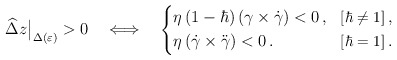
\begin{align*}\widehat\Delta z\big|_{\Delta(\varepsilon)} > 0 \quad\Longleftrightarrow\quad\Bigg\{\begin{aligned}&\eta\left(1-\hbar\right)\left(\gamma\times\dot{\gamma}\right) <0\,,&\hbox{\small$[\hbar\neq 1]$}\,,\\&\eta\left(\dot{\gamma}\times\ddot{\gamma}\right) < 0\,.&\hbox{\small$[\hbar=1]$}\,.\end{aligned} \end{align*}